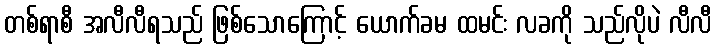
တစ်ရာစီ အလီလီရသည် ဖြစ်သောကြောင့် ယောက်ခမ ထမင်း လခကို သည်လိုပဲ လီလီ